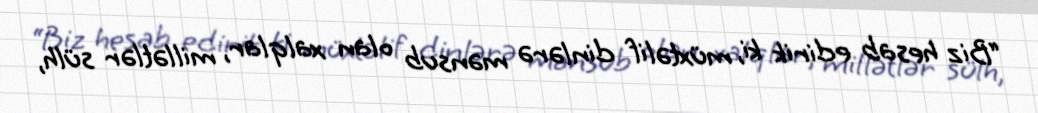
“Biz hesab edirik ki, müxtəlif dinlərə mənsub olan xalqlar, millətlər sülh,